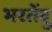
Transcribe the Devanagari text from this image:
भरतेंदु